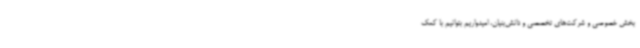
بخش خصوصی و شرکت‌های تخصصی و دانش‌بنیان، امیدواریم بتوانیم با کمک